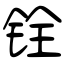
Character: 铨